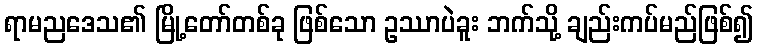
ရာမညဒေသ၏ မြို့တော်တစ်ခု ဖြစ်သော ဥဿာပဲခူး ဘက်သို့ ချည်းကပ်မည်ဖြစ်၍